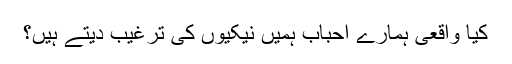
کیا واقعی ہمارے احباب ہمیں نیکیوں کی ترغیب دیتے ہیں؟